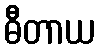
ဓီတာယ